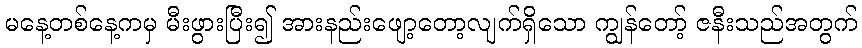
မနေ့တစ်နေ့ကမှ မီးဖွားပြီး၍ အားနည်းဖျော့တော့လျက်ရှိသော ကျွန်တော့် ဇနီးသည်အတွက်